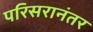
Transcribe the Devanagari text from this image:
परिसरानंतर